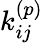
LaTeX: k_{ij}^{(p)}